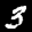
Label: 3